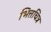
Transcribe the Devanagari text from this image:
भित्तचित्र